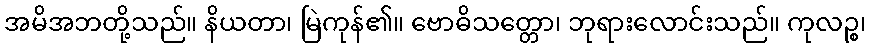
အမိအဘတို့သည်။ နိယတာ၊ မြဲကုန်၏။ ဗောဓိသတ္တော၊ ဘုရားလောင်းသည်။ ကုလဉ္စ၊